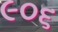
૯૦૬